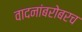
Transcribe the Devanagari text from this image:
वादनांबरोबरच